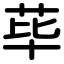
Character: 荜